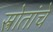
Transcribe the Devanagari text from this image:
स्त्रोतांचे